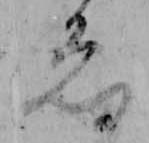
ゑ